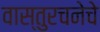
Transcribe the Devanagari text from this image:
वास्तुरचनेचे